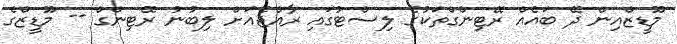
މޫޑީޒްއިން ދޭ ބައެއް ރޭޓިންގްތަކުގެ ލިސްޓުގައި ރާއްޖެއަށް ލިބުނު ރޭޓިންގް -- މޫޑީޒްގެ